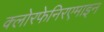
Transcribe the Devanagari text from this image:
क्लोरफेनिरएमाइन